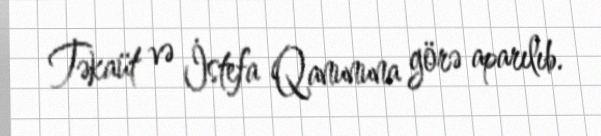
Təkaüt və İstefa Qanununa görə aparılıb.